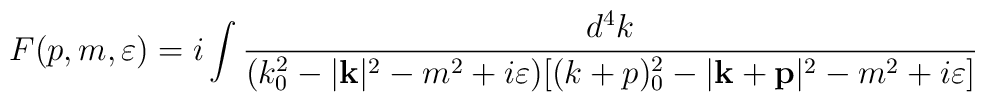
F(p,m,\varepsilon )=i\int \frac{d^{4}k}{(k^{2}_{0}-|\mathbf{k}|^{2}-m^{2}+i\varepsilon )[(k+p)^{2}_{0}-|\mathbf{k}+\mathbf{p}|^{2}-m^{2}+i\varepsilon ]}